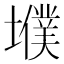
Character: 㙸